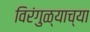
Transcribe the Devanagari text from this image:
विरंगुळ्याच्या